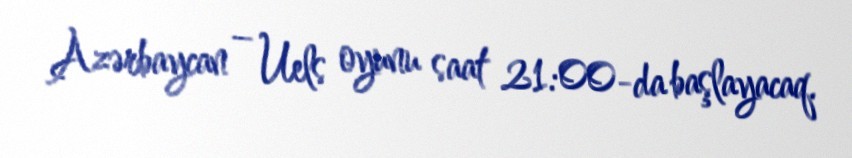
Azərbaycan – Uels oyunu saat 21:00-da başlayacaq.